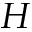
H